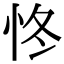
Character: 㤏